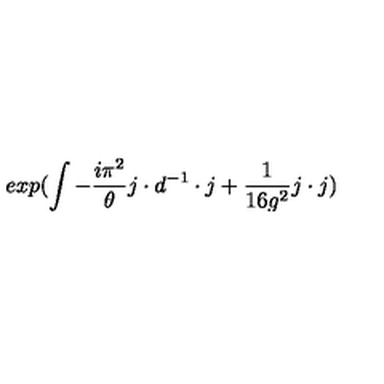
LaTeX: e x p ( \int - { \frac { i \pi ^ { 2 } } { \theta } } j \cdot d ^ { - 1 } \cdot j { } + { \frac { 1 } { 1 6 g ^ { 2 } } } j \cdot j )